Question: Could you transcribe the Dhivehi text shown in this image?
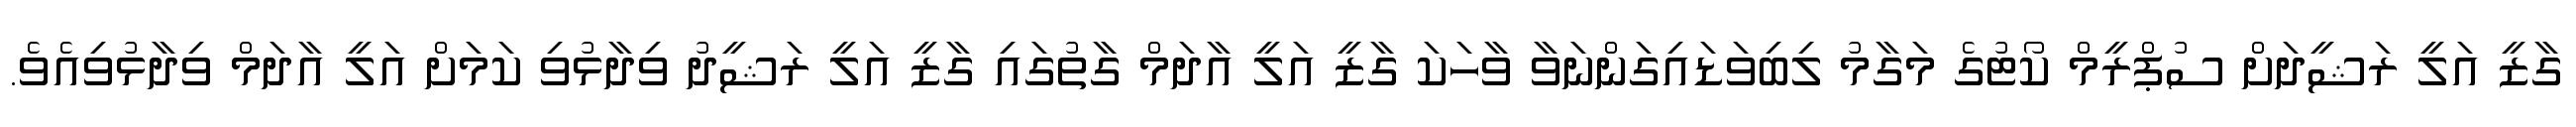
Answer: ގާޒީ އަލީ ރަޝީދަށް ސުޕްރީމް ކޯޓުގެ މަގާމު ލިބިވަޑައިގަންނަވާ ވާހަކަ ގާޒީ އަލީ އާދަމް ގާތުގައި ގާޒީ އަލީ ރަޝީދު ވިދާޅުވި ކަމަށް އަލީ އާދަމް ވިދާޅުވިއެވެ.